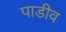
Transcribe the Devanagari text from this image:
पाडीव